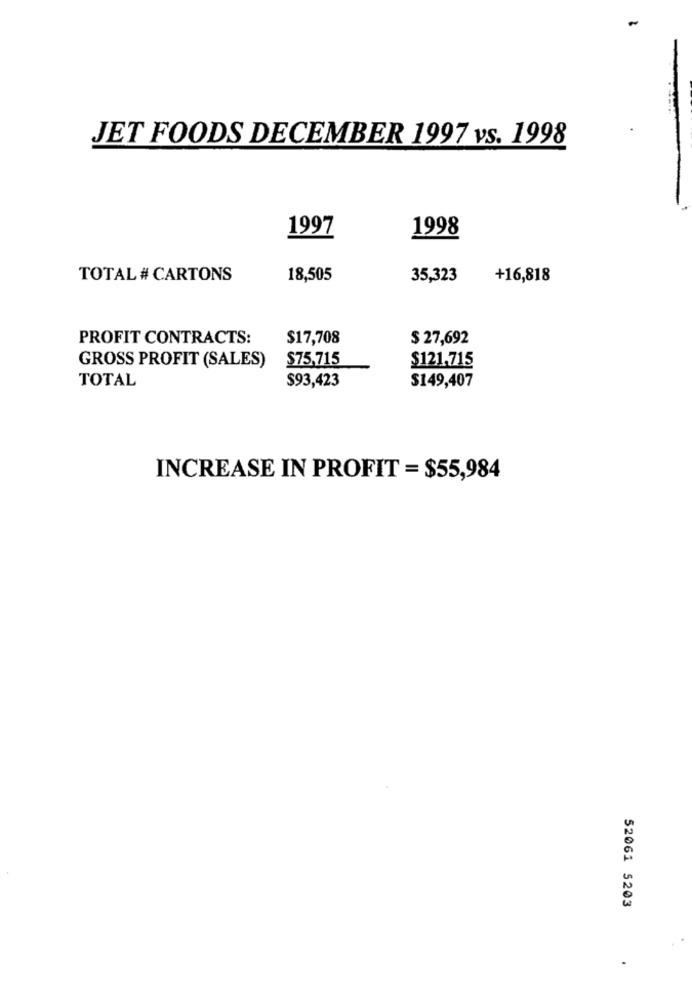
JET FOODS DECEMBER 1997 vs. 1998
1997
1998
TOTAL # CARTONS
18,505
35,323
+16,818
PROFIT CONTRACTS:
$17,708
$ 27,692
GROSS PROFIT (SALES)
$75,715
$121.715
TOTAL
$93,423
$149,407
INCREASE IN PROFIT = $55,984
52061 5203